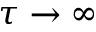
\tau \rightarrow \infty